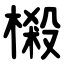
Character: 樧